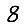
Digit: 8